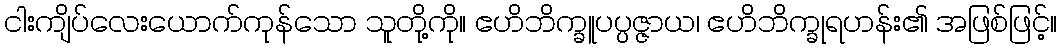
ငါးကျိပ်လေးယောက်ကုန်သော သူတို့ကို။ ဧဟိဘိက္ခူပပ္ပဇ္ဇာယ၊ ဧဟိဘိက္ခုရဟန်း၏ အဖြစ်ဖြင့်။